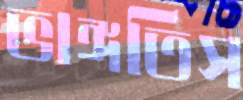
ভাঙ্গতিস